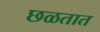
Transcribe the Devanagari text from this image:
छळतात